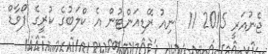
ޖެނުއަރީ 2015 11  ނިއު ރޭޑިއަންޓުން އެ ކްލަބުގެ ކުރީގެ ފޯވާޑް